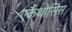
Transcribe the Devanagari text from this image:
एकैंथोसिस